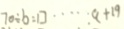
7 0 \div b = \square \cdots a + 1 9